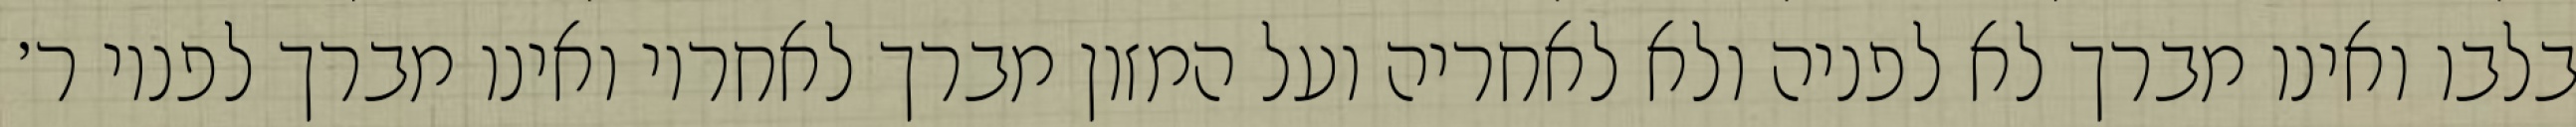
בלבו ואינו מברך לא לפניה ולא לאחריה ועל המזון מברך לאחריו ואינו מברך לפניו ר׳